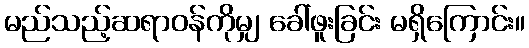
မည်သည့်ဆရာဝန်ကိုမျှ ခေါ်ဖူးခြင်း မရှိကြောင်း။